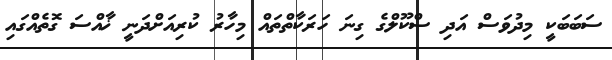
ސަބަބަކީ މިދުވަސް އަދި ސްކޫލްގެ ގިނަ ހަރަކާތްތައް މިހާރު ކުރިއަށްދަނީ ޚާއްސަ ގޮތެއްގައި